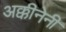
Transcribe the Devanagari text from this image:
अक्कीनेनी